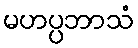
မဟပ္ပဘာသံ